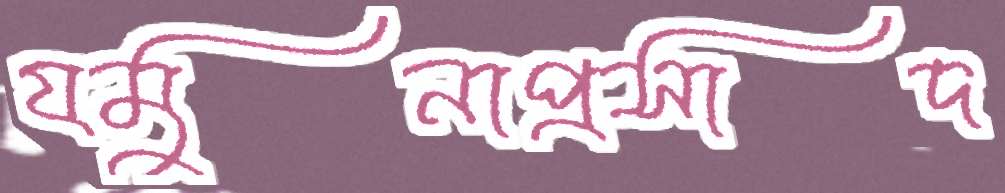
যমুনাপ্রসাদ